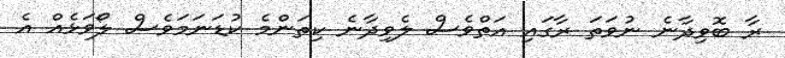
ރާ ބޮވިދާނެ ނުވަތަ ރާގައި އަތްވެސް ލެވިދާނެ ކިތަންމެ ކުޑަނަމަވެސް ލޯވަޅެއް އެ